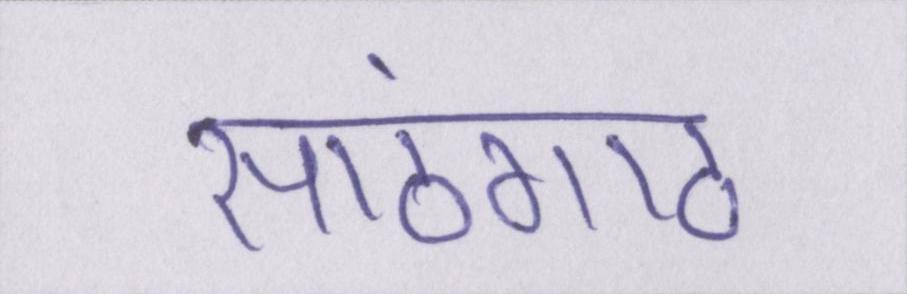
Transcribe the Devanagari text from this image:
सांठगांठ